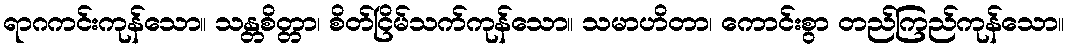
ရာဂကင်းကုန်သော။ သန္တစိတ္တာ၊ စိတ်ငြိမ်သက်ကုန်သော။ သမာဟိတာ၊ ကောင်းစွာ တည်ကြည်ကုန်သော။